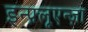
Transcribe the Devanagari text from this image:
इन्फ़्लूएन्ज़ा